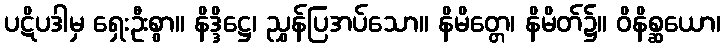
ပဋိပဒါမှ ရှေးဦးစွာ။ နိဒ္ဒိဋ္ဌေ၊ ညွှန်ပြအပ်သော။ နိမိတ္တေ၊ နိမိတ်၌။ ဝိနိစ္ဆယော၊